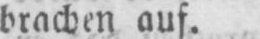
brachen auf.